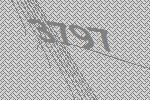
3797